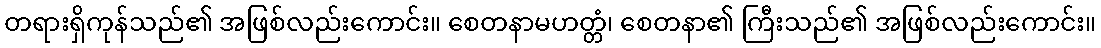
တရားရှိကုန်သည်၏ အဖြစ်လည်းကောင်း။ စေတနာမဟတ္တံ၊ စေတနာ၏ ကြီးသည်၏ အဖြစ်လည်းကောင်း။